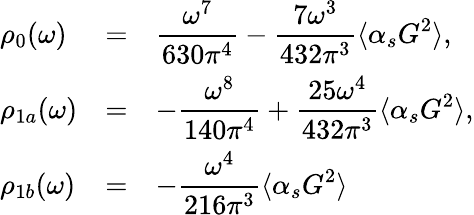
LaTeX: \begin{array}{lll}{{\rho_{0}(\omega)}}&{{=}}&{{\displaystyle{\frac{\omega^{7}}{630\pi^{4}}-\frac{7\omega^{3}}{432\pi^{3}}\langle\alpha_{s}G^{2}\rangle},}}\\ {{\rho_{1a}(\omega)}}&{{=}}&{{\displaystyle{-\frac{\omega^{8}}{140\pi^{4}}+\frac{25\omega^{4}}{432\pi^{3}}\langle\alpha_{s}G^{2}\rangle},}}\\ {{\rho_{1b}(\omega)}}&{{=}}&{{\displaystyle{-\frac{\omega^{4}}{216\pi^{3}}\langle\alpha_{s}G^{2}\rangle}}}\end{array}